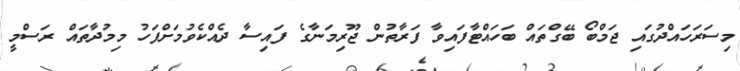
މިސަރަހައްދުގައި ޖަމްބޯ ބޭގްތައް ބަހައްޓާފައިވާ ފަރާތުން ޖޫރިމަނާގެ ފައިސާ ދެއްކެވުމަށްފަހު މިމުދާތައް ރަސްމީ